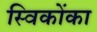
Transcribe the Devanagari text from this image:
स्विकोंका